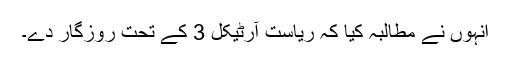
انہوں نے مطالبہ کیا کہ ریاست آرٹیکل 3 کے تحت روزگار دے۔